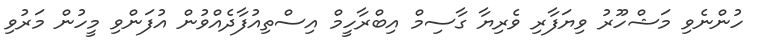
ހުންނެވި މަޝްހޫރު ވިޔަފާރި ވެރިޔާ ގާސިމް އިބްރާހީމް އިސްތިއުފާދެއްވުން އުފަންވި މީހުން މަރުވި